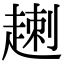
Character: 𧼕